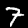
Digit: 7